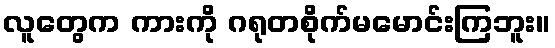
လူတွေက ကားကို ဂရုတစိုက်မမောင်းကြဘူး။